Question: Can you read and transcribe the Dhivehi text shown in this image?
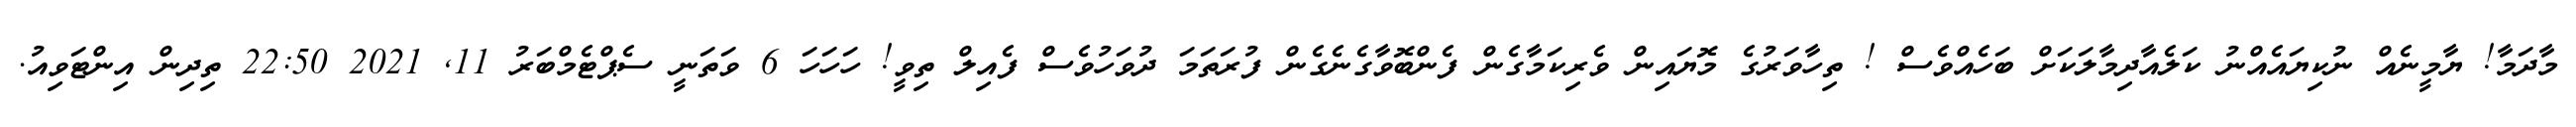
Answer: މާދަމާ! ޔާމީނެއް ނުކިޔައެއްނު ކަލެއާދިމާލަކަށް ބަހެއްވެސް ! ތިހާވަރުގެ މޮޔައިން ވެރިކަމާގެން ފެންބޮވާގެނެގެން ފުރަތަމަ ދުވަހުވެސް ފެއިލް ތިވީ! ހަހަހަ 6 ވަތަނީ ސެޕްޓެމްބަރު 11, 2021 22:50 ތިދިން އިންޓަވިއު.